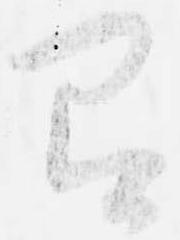
即